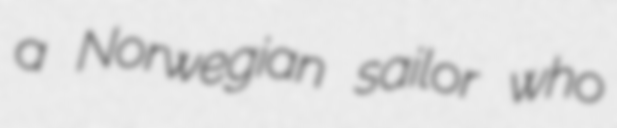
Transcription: a Norwegian sailor who